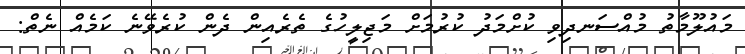
މައުލޫމާތު މުއްސަނދިވި ކުށްމަދު ކުރުމަށް މަޖިލީހުގެ ތެރެއިން ދެން ކުރެވޭނެ ކަމެއް ނެތް: